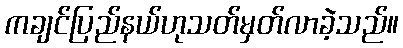
ကချင်ပြည်နယ်ဟုသတ်မှတ်လာခဲ့သည်။